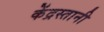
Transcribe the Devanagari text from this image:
केंद्रस्तानी